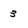
Character: 3